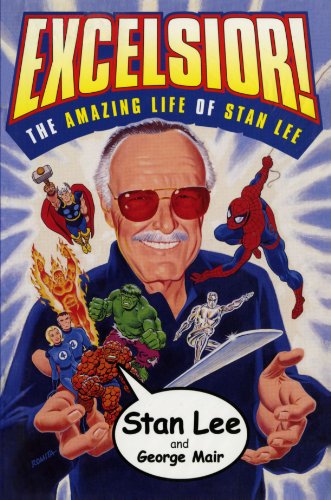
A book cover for Excelsior! : The Amazing Life of Stan Lee; Stan Lee; Arts & Photography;